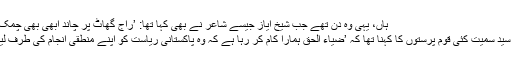
ہاں، یہی وہ دن تھے جب شیخ ایاز جیسے شاعر نے بھی کہا تھا: ’راج گھاٹ پر چاند ابھی بھی چمک رہا ہے-‘
پر جی ایم سید سمیت کئی قوم پرستوں کا کہنا تھا کہ ’ضیاء الحق ہمارا کام کر رہا ہے کہ وہ پاکستانی ریاست کو اپنے منطقی انجام کی طرف لیجارہا ہے۔